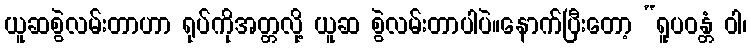
ယူဆစွဲလမ်းတာဟာ ရုပ်ကိုအတ္တလို့ ယူဆ စွဲလမ်းတာပါပဲ။နောက်ပြီးတော့ “ရူပဝန္တံ ဝါ၊